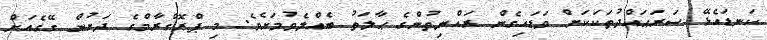
ކަނޑައެޅޭ ސަރަޙައްދުތަކަކަށް ވަޑައިގެން ރައްޔިތުންގެ ޙާލަތު ބެއްލެވުމަށެވެ. މި ޕްރޮގްރާމްގެ ދަށުން ގޭގެއަށް